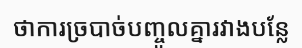
ថាការច្របាច់បញ្ចូលគ្នារវាងបន្លែ